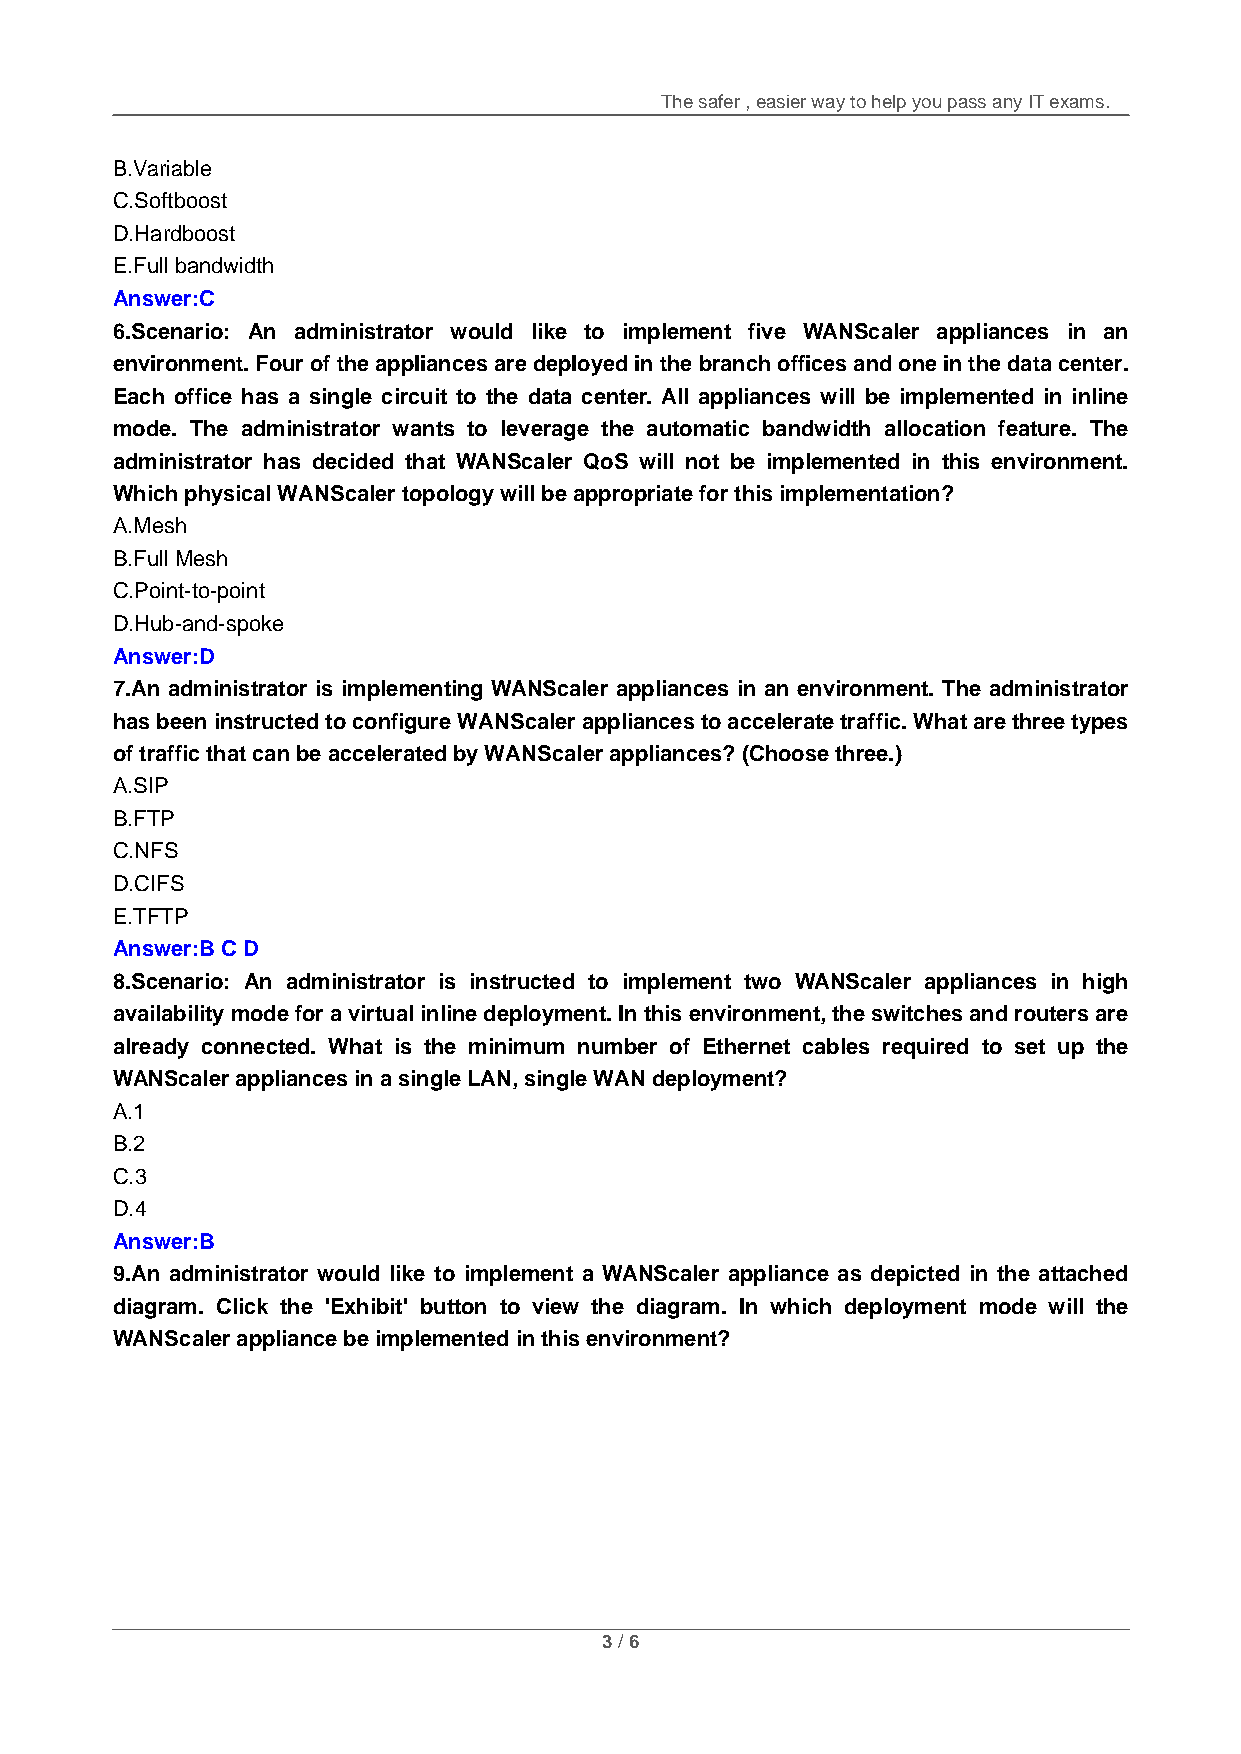
The safer , easier way to help you pass any IT exams.
 B.Variable
 C.Softboost
 D.Hardboost
 E.Full bandwidth
 Answer:C
 6.Scenario: An administrator would like to implement five WANScaler appliances in an
 environment. Four of the appliances are deployed in the branch offices and one in the data center.
 Each office has a single circuit to the data center. All appliances will be implemented in inline
 mode. The administrator wants to leverage the automatic bandwidth allocation feature. The
 administrator has decided that WANScaler QoS will not be implemented in this environment.
 Which physical WANScaler topology will be appropriate for this implementation?
 A.Mesh
 B.Full Mesh
 C.Point-to-point
 D.Hub-and-spoke
 Answer:D
 7.An administrator is implementing WANScaler appliances in an environment. The administrator
 has been instructed to configure WANScaler appliances to accelerate traffic. What are three types
 of traffic that can be accelerated by WANScaler appliances? (Choose three.)
 A.SIP
 B.FTP
 C.NFS
 D.CIFS
 E.TFTP
 Answer:B C D
 8.Scenario: An administrator is instructed to implement two WANScaler appliances in high
 availability mode for a virtual inline deployment. In this environment, the switches and routers are
 already connected. What is the minimum number of Ethernet cables required to set up the
 WANScaler appliances in a single LAN, single WAN deployment?
 A.1
 B.2
 C.3
 D.4
 Answer:B
 9.An administrator would like to implement a WANScaler appliance as depicted in the attached
 diagram. Click the 'Exhibit' button to view the diagram. In which deployment mode will the
 WANScaler appliance be implemented in this environment?
 3 / 6